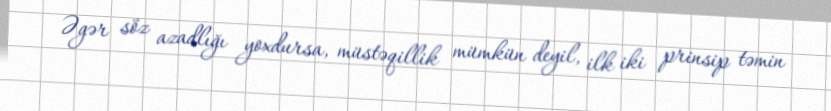
Əgər söz azadlığı yoxdursa, müstəqillik mümkün deyil, ilk iki prinsip təmin